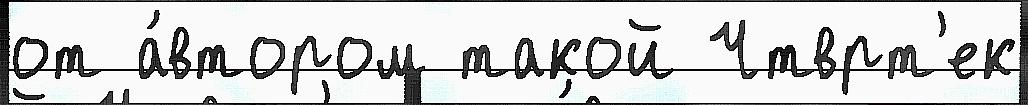
от а́втором такой Чтврт'ек